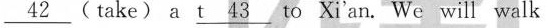
\underline{42}(take) a \underline{t 43} to Xi'an. We will walk